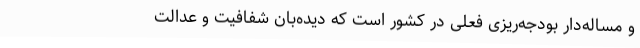
و مساله‌دار بودجه‌ریزی فعلی در کشور است که دیده‌بان شفافیت و عدالت